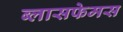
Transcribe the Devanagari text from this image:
ब्लासफेमस